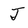
Character: J